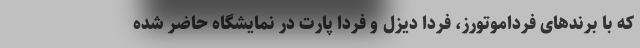
که با برندهای فرداموتورز، فردا دیزل و فردا پارت در نمایشگاه حاضر شده